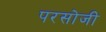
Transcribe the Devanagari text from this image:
परसोजी